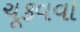
ચૂકવવા